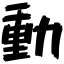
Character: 動